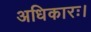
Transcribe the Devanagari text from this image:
अधिकारः।